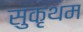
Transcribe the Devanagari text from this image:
सुकृथम